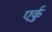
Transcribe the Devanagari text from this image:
एर्कु